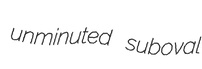
unminuted suboval